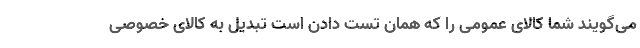
می‌گویند شما کالای عمومی را که همان تست دادن است تبدیل به کالای خصوصی